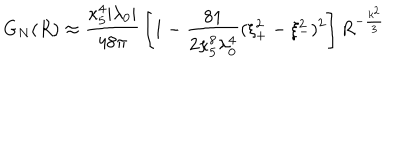
G _ { N } ( R ) \approx { \frac { \kappa _ { 5 } ^ { 4 } | \lambda _ { 0 } | } { 4 8 \pi } } \left[ 1 - { \frac { 8 1 } { 2 \kappa _ { 5 } ^ { 8 } \lambda _ { 0 } ^ { 4 } } } ( \xi _ { + } ^ { 2 } - \xi _ { - } ^ { 2 } ) ^ { 2 } \right] R ^ { - \frac { k ^ { 2 } } { 3 } }